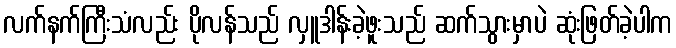
လက်နက်ကြီးသံလည်း ပိုလန်သည် လှူဒါန်းခဲ့ဖူးသည် ဆက်သွားမှာပဲ ဆုံးဖြတ်ခဲ့ပါက